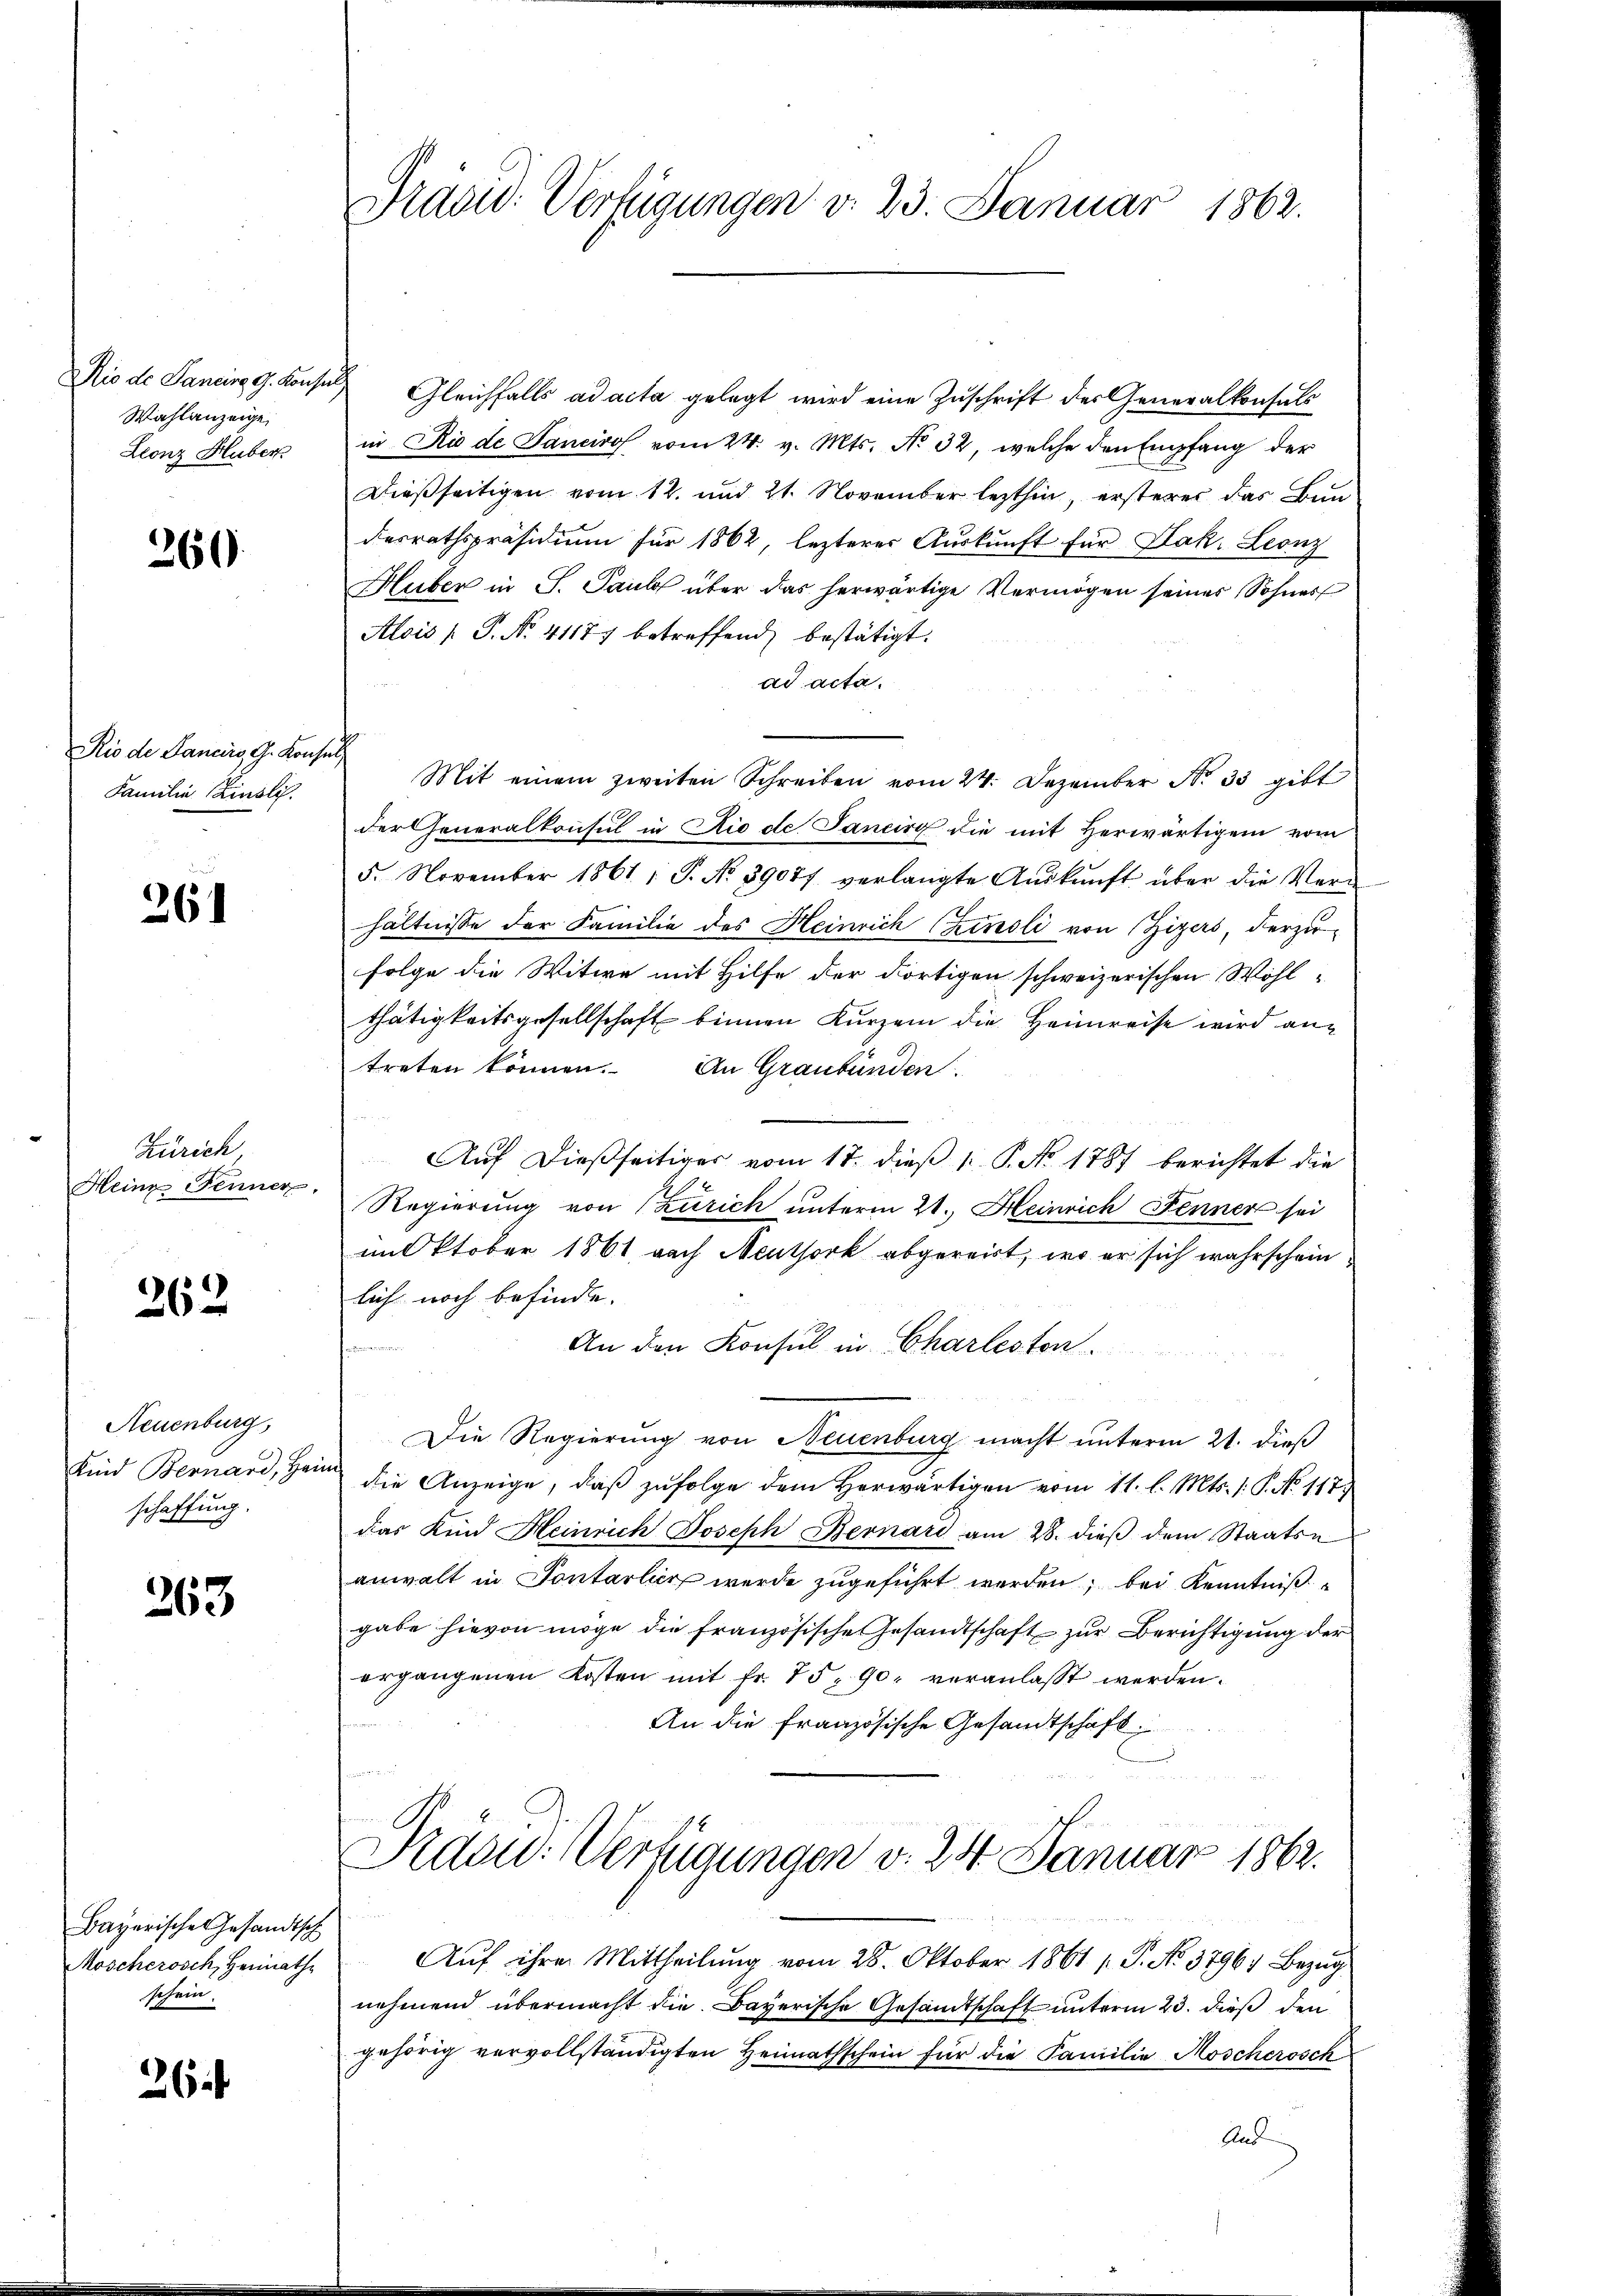
io de Sancirg, G. Konsul
Wahlanzeige
Leonz Huber

260.

Rio de Sancirs G. Kons.
Familie Finslich

261

Zürich
Heine Fenner

262

Neuenburg,
Kind Bernard, Her
schaffung.

263

Bayerisches Gesandtsch
Moscherosch, Heimathschein.

26

Präsid. Verfügungen v. 23. Januar 1862.

Gleichfalls ad acta gelegt wird eine Zuschrift des Generalkonsuls
in Rio de Sancirof vom 24. v. Mts. No 32, welche den Empfang der
Dießseitigen vom 12. und 21. November lezthin, ersterer das Bundesrathspräsidium für 1862, lezterer Auskunft für Jak. Leonz
Huber in S. Paul über das herwärtige Vermögen seines Sohnes
Alois [ P. Nr. 41177 betreffend bestätigt.
ad acta.
ich
Mit einem zweiten Schreiben vom 24. Dezember No 33 gibt
der Generalkonsul in Rio de Sancirg die mit Herwärtigen vom
5. November 1861 : P. No. 39077 verlangte Aŭskŭnft über die Vern
hältnisse der Familie des Heinrich (Zinsli von Zigers, derzu-
folge die Witwe mit Hilfe der dortigen schweizerischen Wohl-
thätigkeitsgesellschaft binnen Kurzem die Heimreise wird antreten können. An Graubünden.
Aŭf dießseitiger vom 18. dieβ 1. P. No. 1787 berichtet die
Regierung von Zürich unterm 21. Heinrich Fenner sei
mit ktober 1861 nach Neuthork abgereist, wo er sich wahrscheinlich noch befinde.
v. Commungenommen
An den Konsul in Charleston.
Die Regierung von Neuenburg macht unterm 21. dieß
die Anzeige, daß zufolge dem Herwärtigen vom 11. l. Mts. 1. P. No 117
das Kind Heinrich Joseph Bernari am 28. dieβ dem Staats-
anwalt in Pontarlier werde zugeführt werden, bei Kenntniß
gabe hievon möge die französische Gesandtschaft zur Berichtigung der
ergangenen Kosten mit fr. 75. 90. veranlasst werden.
An die französische Gesandtschaft
Rdou: Verfügungen v. 24 Januar 1862.
Auf ihren Mittheilung vom 28. Oktober 1861 / P. No. 3796. Bezug
nehmend übermacht die Bayerische Gesandtschaft unterm 23. dieß den
gehörig vervollständigten Heimathschein für die Familie Moschersch
Aus